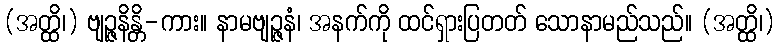
(အတ္ထိ၊) ဗျဉ္ဇနိန္တိ-ကား။ နာမဗျဉ္ဇနံ၊ အနက်ကို ထင်ရှားပြတတ် သောနာမည်သည်။ (အတ္ထိ၊)